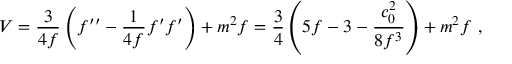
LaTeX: V = { \frac { 3 } { 4 f } } \left( f ^ { \prime \prime } - { \frac { 1 } { 4 f } } f ^ { \prime } f ^ { \prime } \right) + m ^ { 2 } f = { \frac { 3 } { 4 } } \left( 5 f - 3 - { \frac { c _ { 0 } ^ { 2 } } { 8 f ^ { 3 } } } \right) + m ^ { 2 } f \ ,